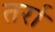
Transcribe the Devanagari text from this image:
तर्रा